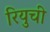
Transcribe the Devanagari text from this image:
रियुची